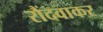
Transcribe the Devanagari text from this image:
रौंदवाकर